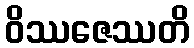
ဝိဿဇေဿတိ